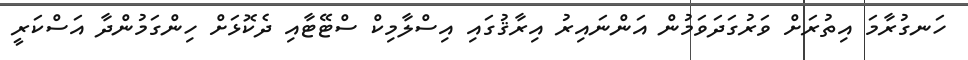
ހަނގުރާމަ އިތުރަށް ވަރުގަދަވަމުން އަންނައިރު އިރާޤުގައި އިސްލާމިކް ސްޓޭޓާއި ދެކޮޅަށް ހިންގަމުންދާ އަސްކަރީ